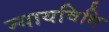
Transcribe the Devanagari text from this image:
न्यायविधि